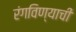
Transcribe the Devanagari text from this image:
रंगविण्याची